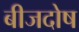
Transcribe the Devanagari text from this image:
बीजदोष